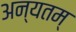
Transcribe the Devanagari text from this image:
अन्यतम्